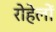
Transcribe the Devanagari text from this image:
रोहेलों